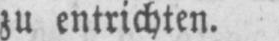
zu entrichten.